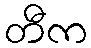
တီက